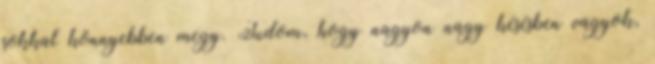
sokkal könnyebben megy. Tudom, hogy nagyon nagy késésben vagyok,